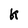
Character: K